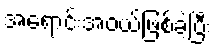
အရောင်းအဝယ်ဖြစ်ခဲ့ပြီး